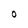
Character: O